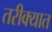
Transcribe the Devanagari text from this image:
तरीक्यात